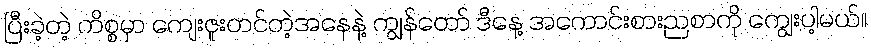
ပြီးခဲ့တဲ့ ကိစ္စမှာ ကျေးဇူးတင်တဲ့အနေနဲ့ ကျွန်တော် ဒီနေ့ အကောင်းစားညစာကို ကျွေးပါ့မယ်။